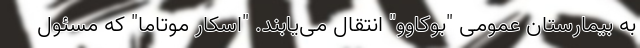
به بیمارستان عمومی "بوکاوو" انتقال می‌یابند. "اسکار موتاما" که مسئول